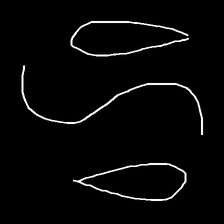
Glyph: water